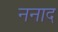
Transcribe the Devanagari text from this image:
ननाद